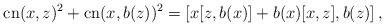
LaTeX: \begin{align*} \mathrm{cn}(x,z)^2 + \mathrm{cn}(x,b(z))^2 = \left[x[z,b(x)]+b(x)[x,z],b(z)\right],\end{align*}